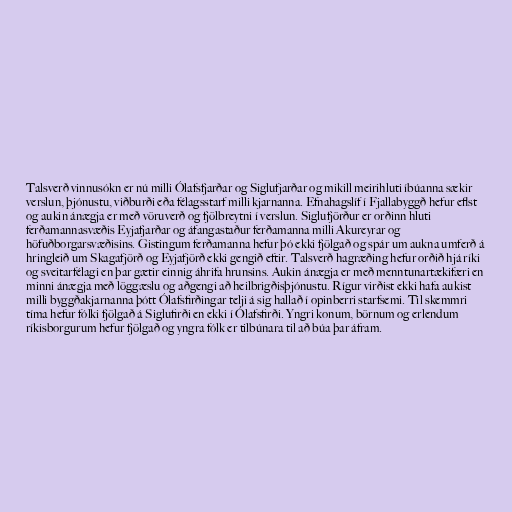
Talsverð vinnusókn er nú milli Ólafsfjarðar og Siglufjarðar og mikill meirihluti íbúanna sækir
verslun, þjónustu, viðburði eða félagsstarf milli kjarnanna. Efnahagslíf í Fjallabyggð hefur eflst
og aukin ánægja er með vöruverð og fjölbreytni í verslun. Siglufjörður er orðinn hluti
ferðamannasvæðis Eyjafjarðar og áfangastaður ferðamanna milli Akureyrar og
höfuðborgarsvæðisins. Gistingum ferðamanna hefur þó ekki fjölgað og spár um aukna umferð á
hringleið um Skagafjörð og Eyjafjörð ekki gengið eftir. Talsverð hagræðing hefur orðið hjá ríki
og sveitarfélagi en þar gætir einnig áhrifa hrunsins. Aukin ánægja er með menntunartækifæri en
minni ánægja með löggæslu og aðgengi að heilbrigðisþjónustu. Rígur virðist ekki hafa aukist
milli byggðakjarnanna þótt Ólafsfirðingar telji á sig hallað í opinberri starfsemi. Til skemmri
tíma hefur fólki fjölgað á Siglufirði en ekki í Ólafsfirði. Yngri konum, börnum og erlendum
ríkisborgurum hefur fjölgað og yngra fólk er tilbúnara til að búa þar áfram.